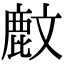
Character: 𪊙